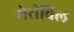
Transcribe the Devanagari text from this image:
मेरीविल